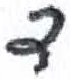
אות: ד